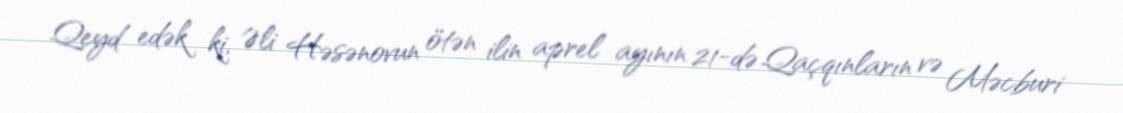
Qeyd edək ki, Əli Həsənovun ötən ilin aprel ayının 21-də Qaçqınların və Məcburi